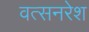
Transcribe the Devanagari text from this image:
वत्सनरेश